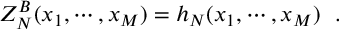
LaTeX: Z _ { N } ^ { B } ( x _ { 1 } , \cdots , x _ { M } ) = h _ { N } ( x _ { 1 } , \cdots , x _ { M } ) \, \, \, \, .